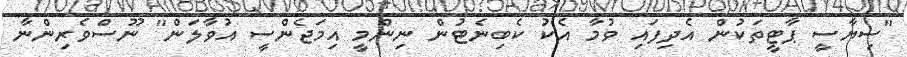
"ސިޔާސީ ޕާޓީތަކުން އެދިފައި ވުމާ އެކު ކެބިނެޓުން ނިންމީ އިމަޖެންސީ އުުވާލަން" ނޫސްވެރިންނާ